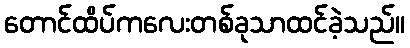
တောင်ထိပ်ကလေးတစ်ခုသာထင်ခဲ့သည်။